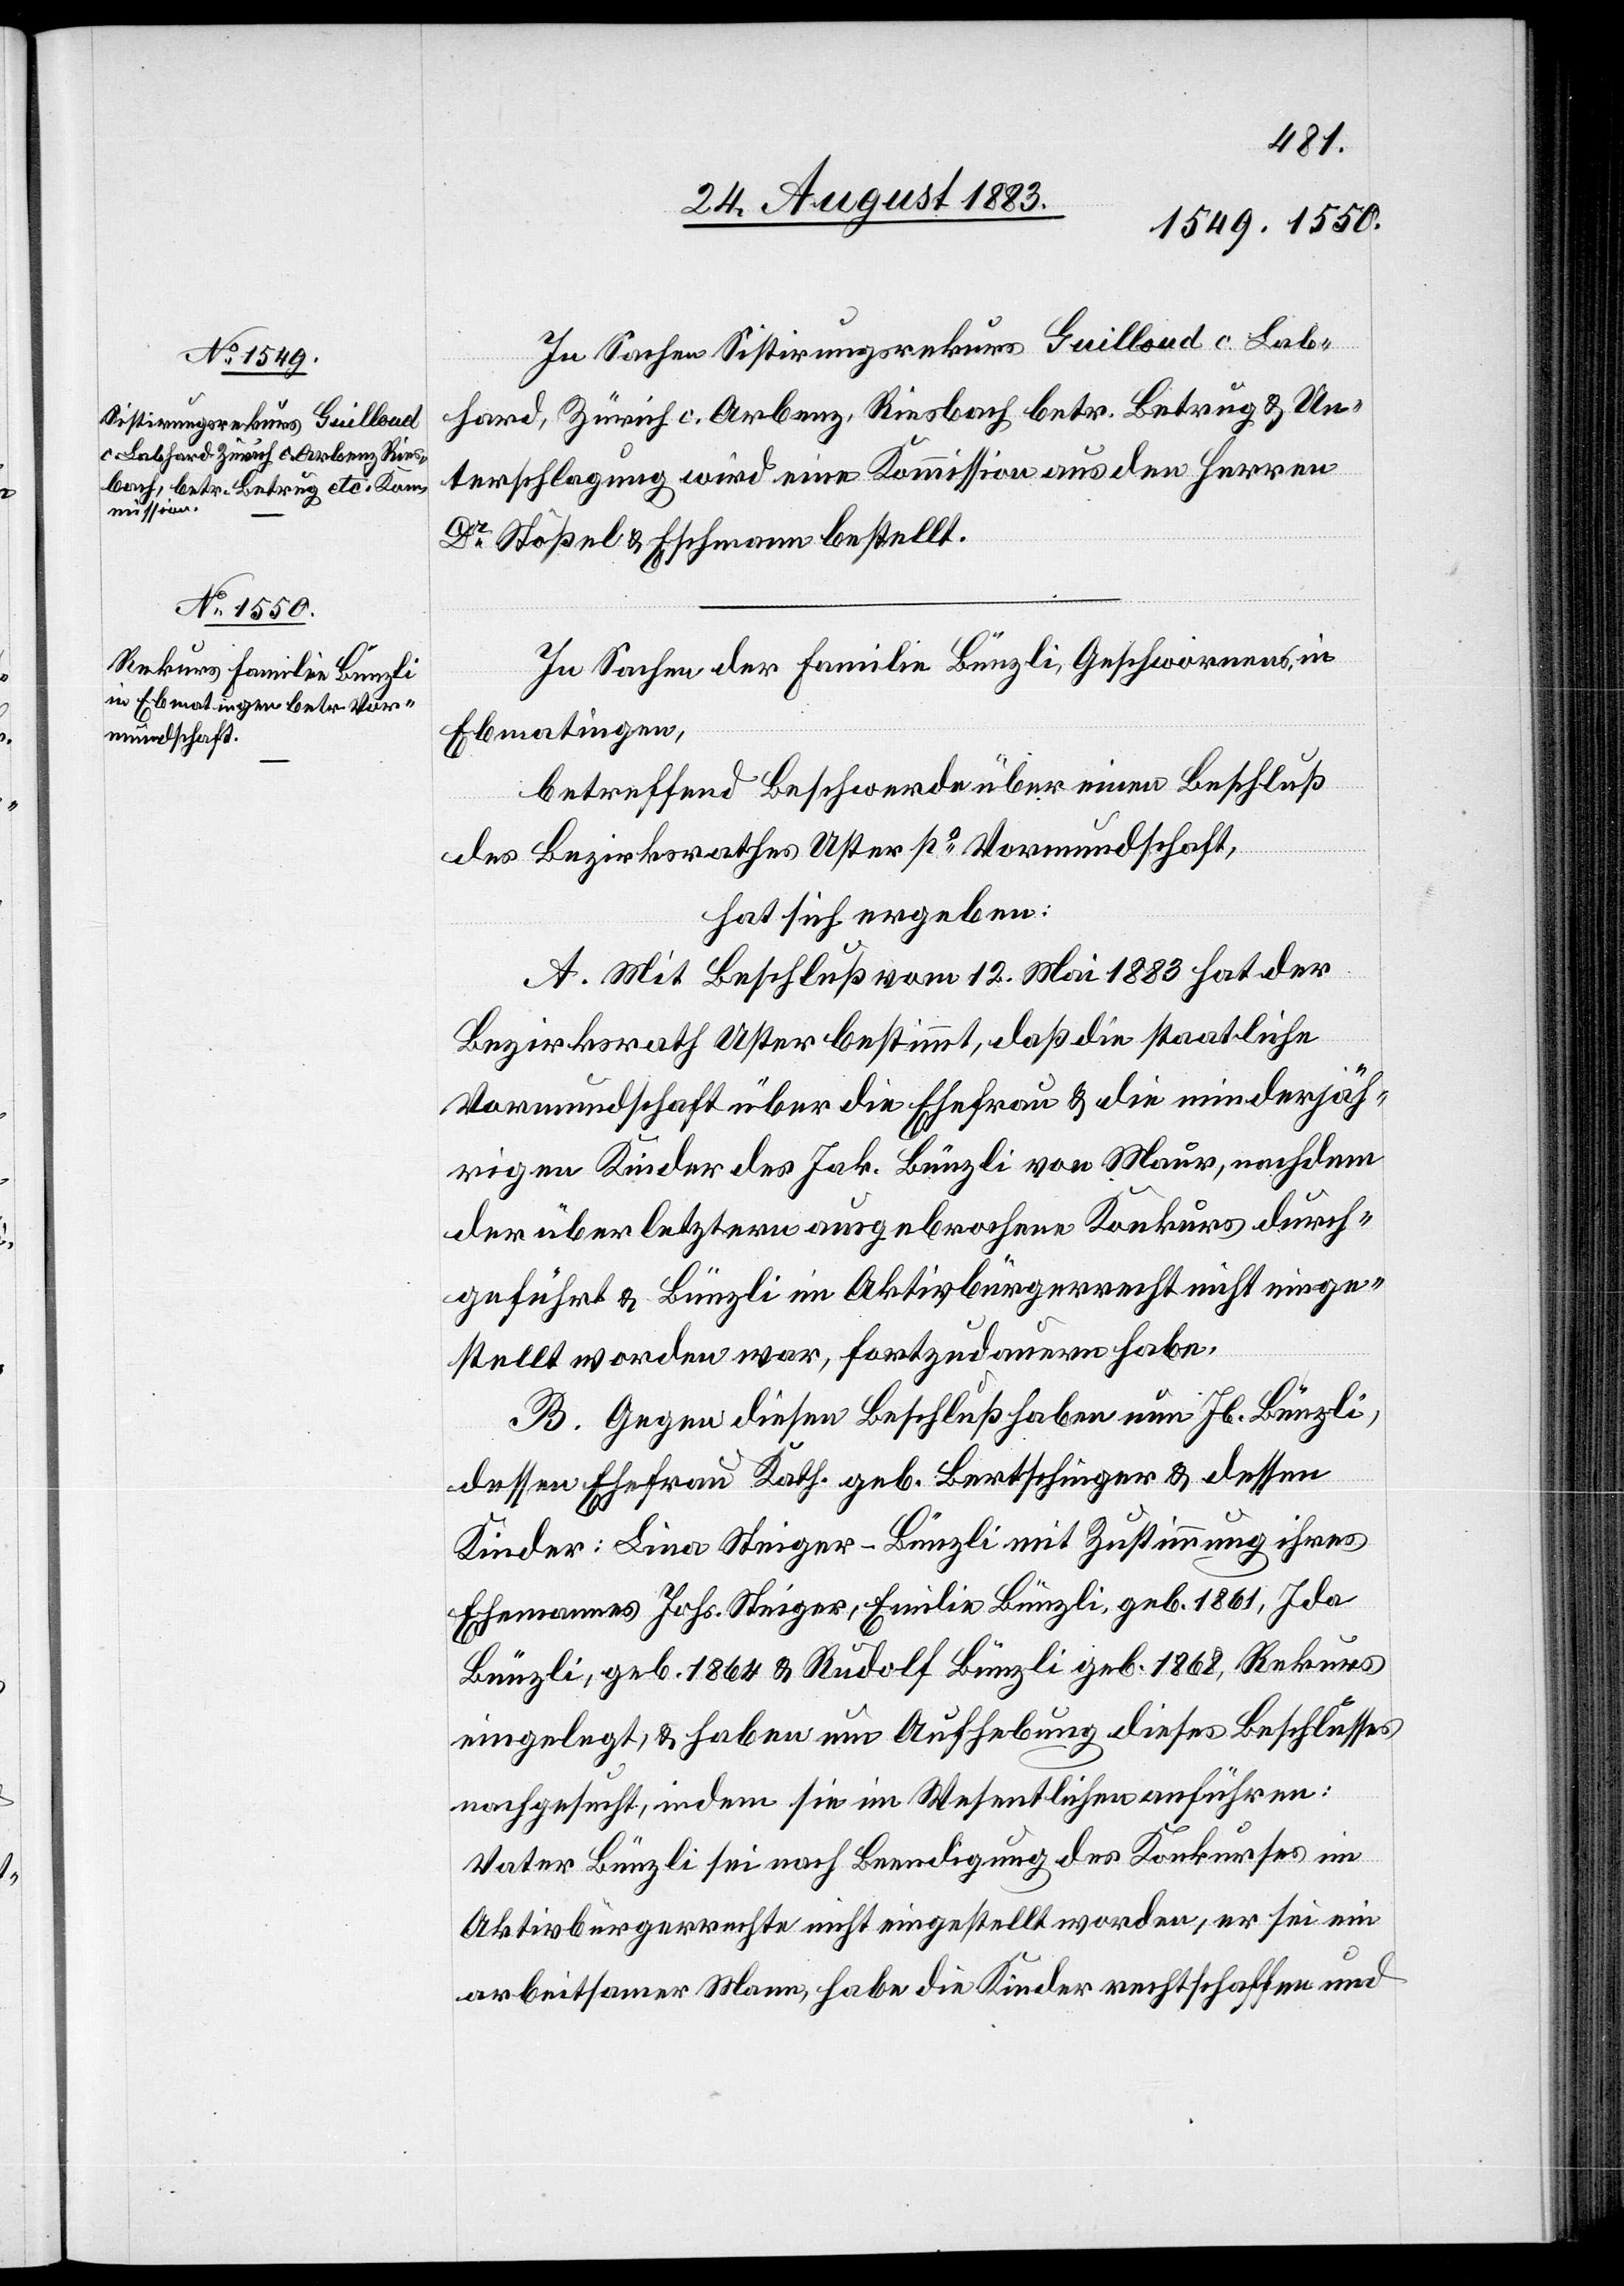
In Sachen Sistirungsrekurs Guilloud c. Lab¬
hard, Zürich c. Arbenz, Riesbach betr. Betrug & Un¬
terschlagung wird eine Kommission aus den Herren
Dr Stößel & Eschmann bestellt.
In Sachen der Familie Bünzli, Geschwornens, in
Ebmatingen,
betreffend Beschwerde über einen Beschluß
des Bezirksrathes Uster po Vormundschaft,
hat sich ergeben:
A. Mit Beschluß vom 12. Mai 1883 hat der
Bezirksrath Uster bestimmt, daß die staatliche
Vormundschaft über die Ehefrau & die minderjäh¬
rigen Kinder des Jak. Bünzli von Maur, nachdem
der über letztern ausgesprochene Konkurs durch¬
geführt & Bünzli im Aktivbürgerrecht nicht einge¬
stellt worden war, fortzudauern habe.
B. Gegen diesen Beschluß haben nun Jb. Bünzli,
dessen Ehefrau Kath. geb. Bertschinger & dessen
Kinder: Lina Steiger-Bünzli mit Zustimmung ihres
Ehemannes Johs. Steiger, Emilie Bünzli, geb. 1861, Ida
Bünzli, geb. 1864 & Rudolf Bünzli geb. 1868, Rekurs
eingelegt, & haben um Aufhebung dieses Beschlusses
nachgesucht, indem sie im Wesentlichen anführen:
Vater Bünzli sei nach Beendigung des Konkurses im
Aktivbürgerrechte nicht eingestellt worden, er sei ein
arbeitsamer Mann, habe die Kinder rechtschaffen und